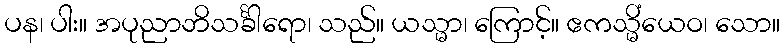
ပန၊ ပါး။ အပုညာဘိသင်္ခါရော၊ သည်။ ယသ္မာ၊ ကြောင့်။ ဧကသ္မိံယေဝ၊ သော။